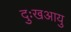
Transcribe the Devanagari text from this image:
दुःखआयु